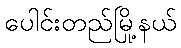
ပေါင်းတည်မြို့နယ်